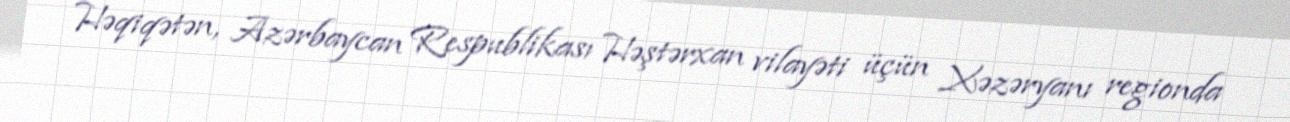
Həqiqətən, Azərbaycan Respublikası Həştərxan vilayəti üçün Xəzəryanı regionda